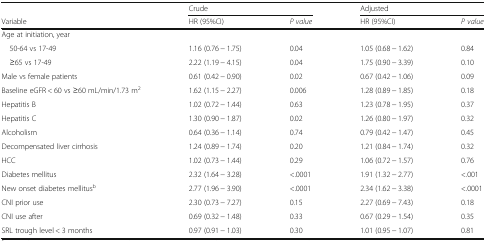
<table><thead><tr><td></td><td colspan="2"><b>Crude</b></td><td colspan="2"><b>Adjusted</b></td></tr><tr><td><b>Variable</b></td><td><b>HR (95%CI)</b></td><td><b><i>P value</i></b></td><td><b>HR (95%CI)</b></td><td><b><i>P value</i></b></td></tr></thead><tbody><tr><td colspan="5">Age at initiation, year</td></tr><tr><td> 50-64 vs 17-49</td><td>1.16 (0.76 − 1.75)</td><td>0.04</td><td>1.05 (0.68 − 1.62)</td><td>0.84</td></tr><tr><td> ≥65 vs 17-49</td><td>2.22 (1.19 − 4.15)</td><td>0.04</td><td>1.75 (0.90 − 3.39)</td><td>0.10</td></tr><tr><td>Male vs female patients</td><td>0.61 (0.42 − 0.90)</td><td>0.02</td><td>0.67 (0.42 − 1.06)</td><td>0.09</td></tr><tr><td>Baseline eGFR &lt; 60 vs ≥60 mL/min/1.73 m<sup>2</sup></td><td>1.62 (1.15 − 2.27)</td><td>0.006</td><td>1.28 (0.89 − 1.85)</td><td>0.18</td></tr><tr><td>Hepatitis B</td><td>1.02 (0.72 − 1.44)</td><td>0.63</td><td>1.23 (0.78 − 1.95)</td><td>0.37</td></tr><tr><td>Hepatitis C</td><td>1.30 (0.90 − 1.87)</td><td>0.02</td><td>1.26 (0.80 − 1.97)</td><td>0.32</td></tr><tr><td>Alcoholism</td><td>0.64 (0.36 − 1.14)</td><td>0.74</td><td>0.79 (0.42 − 1.47)</td><td>0.45</td></tr><tr><td>Decompensated liver cirrhosis</td><td>1.24 (0.89 − 1.74)</td><td>0.20</td><td>1.21 (0.84 − 1.74)</td><td>0.32</td></tr><tr><td>HCC</td><td>1.02 (0.73 − 1.44)</td><td>0.29</td><td>1.06 (0.72 − 1.57)</td><td>0.76</td></tr><tr><td>Diabetes mellitus</td><td>2.32 (1.64 − 3.28)</td><td>&lt;.0001</td><td>1.91 (1.32 − 2.77)</td><td>&lt;.001</td></tr><tr><td>New onset diabetes mellitus<sup>b</sup></td><td>2.77 (1.96 − 3.90)</td><td>&lt;.0001</td><td>2.34 (1.62 − 3.38)</td><td>&lt;.0001</td></tr><tr><td>CNI prior use</td><td>2.30 (0.73 − 7.27)</td><td>0.15</td><td>2.27 (0.69 − 7.43)</td><td>0.18</td></tr><tr><td>CNI use after</td><td>0.69 (0.32 − 1.48)</td><td>0.33</td><td>0.67 (0.29 − 1.54)</td><td>0.35</td></tr><tr><td>SRL trough level &lt; 3 months</td><td>0.97 (0.91 − 1.03)</td><td>0.30</td><td>1.01 (0.95 − 1.07)</td><td>0.81</td></tr></tbody></table>